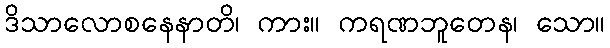
ဒိသာလောစနေနာတိ၊ ကား။ ကရဏဘူတေန၊ သော။